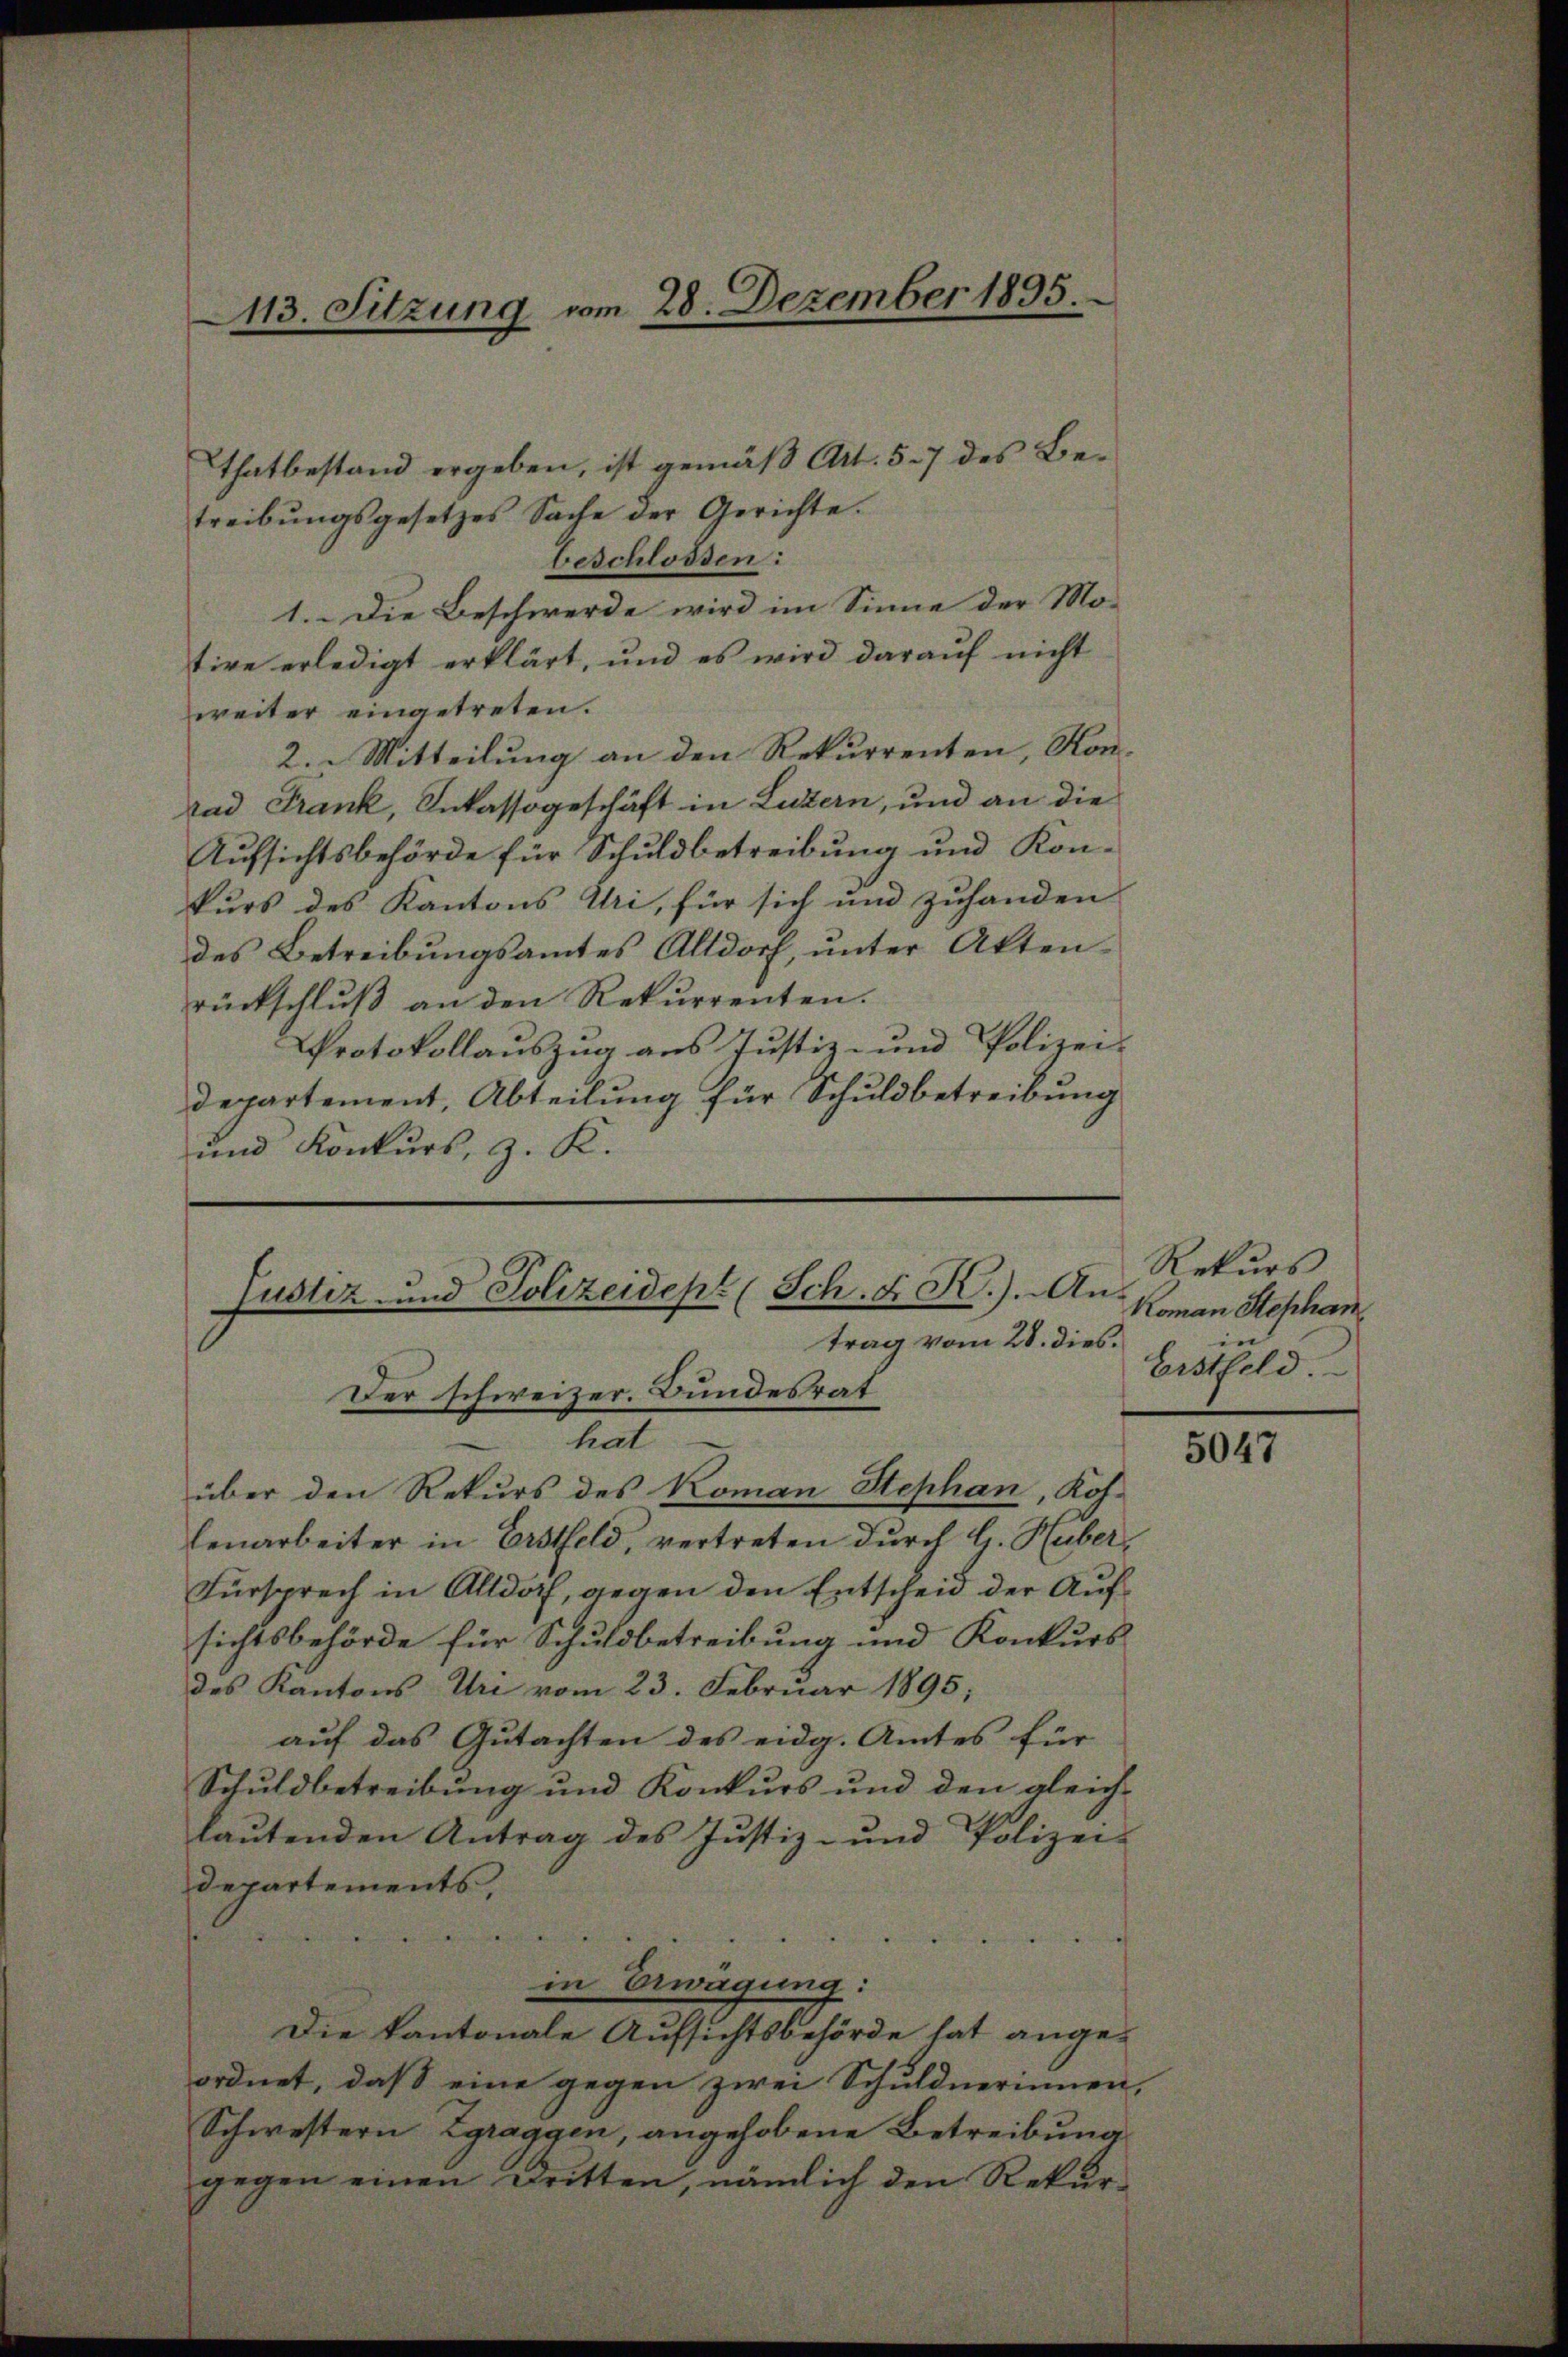
113. Sitzung vom 28. Dezember 1895.

Thatbestand ergeben, ist gemäß Art. 57 des Betreibŭngsgesetzes Sache der Gerichte.
beschlossen:
1. Die Beschwerde wird im Sinne der Mo-
tire erledigt erklärt, und es wird darauf nicht
weiter eingetreten.
2. Mitteilung an den Rekurrenten, Kontad Frank, Inkassogeschäft in Luzern, und an die
Aufsichtsbehörde für Schuldbetreibung und Kon-
kurs des Kantons Uri, für sich und zuhanden
des Betreibungsamtes Altdorf, unter Aktenrückschluß an den Rekurrenten.
Protokollauszug aus Justiz- und Polizei-
departement, Abteilung für Schuldbetreibung
und Konkurs, z. K.

Justiz und Polizeident (Sch. K. K.). An
trag vom 28. dies.
Der schweizer. Bundesrat

hat
über den Rekurs des Koman Stephan, Kohlenarbeiter in Erstfeld, vertreten durch G. Huber,
Fürsprech in Altdorf, gegen den Entscheid der Aufsichtsbehörde für Schuldbetreibung und Konkurs
des Kantons Uri vom 23. Februar 1895;
auf das Gutachten des eidg. Amtes für
Schuldbetreibung und Konkurs und den gleich-
laŭtenden Antrag des Justiz- und Polizei-
departements,

in Erwägung:
Die kantonale Aufsichtsbehörde hat ange-
ordnet, daß eine gegen zwei Schuldnerinnen,
Schwestern Zgraggen, angehobene Betreibung
gegen einen Dritten, nämlich den Rekur¬

Rekurs
Koman Stephan
e
Erstfeld.

5047